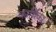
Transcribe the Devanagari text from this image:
कार्थिका